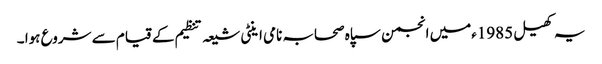
یہ کھیل 1985ءمیں انجمن سپاہ صحابہ نامی اینٹی شیعہ تنظیم کے قیام سے شروع ہوا ۔